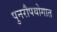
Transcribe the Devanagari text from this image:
पुनरौपयोगात